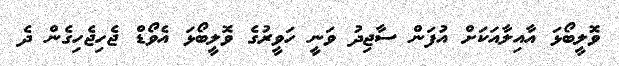
ވޮލީބޯޅަ އާއިލާއަކަށް އުފަން ސާޖިދު ވަނީ ހަވީރުގެ ވޮލީބޯޅަ އެވޯޑް ޖެހިޖެހިގެން ދެ